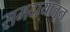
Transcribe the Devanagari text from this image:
समदायातून